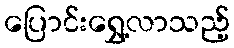
ပြောင်းရွှေ့လာသည့်